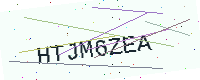
Text: HTJM6ZEA